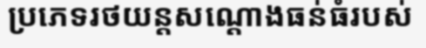
ប្រភេទរថយន្តសណ្តោងធន់ធំរបស់